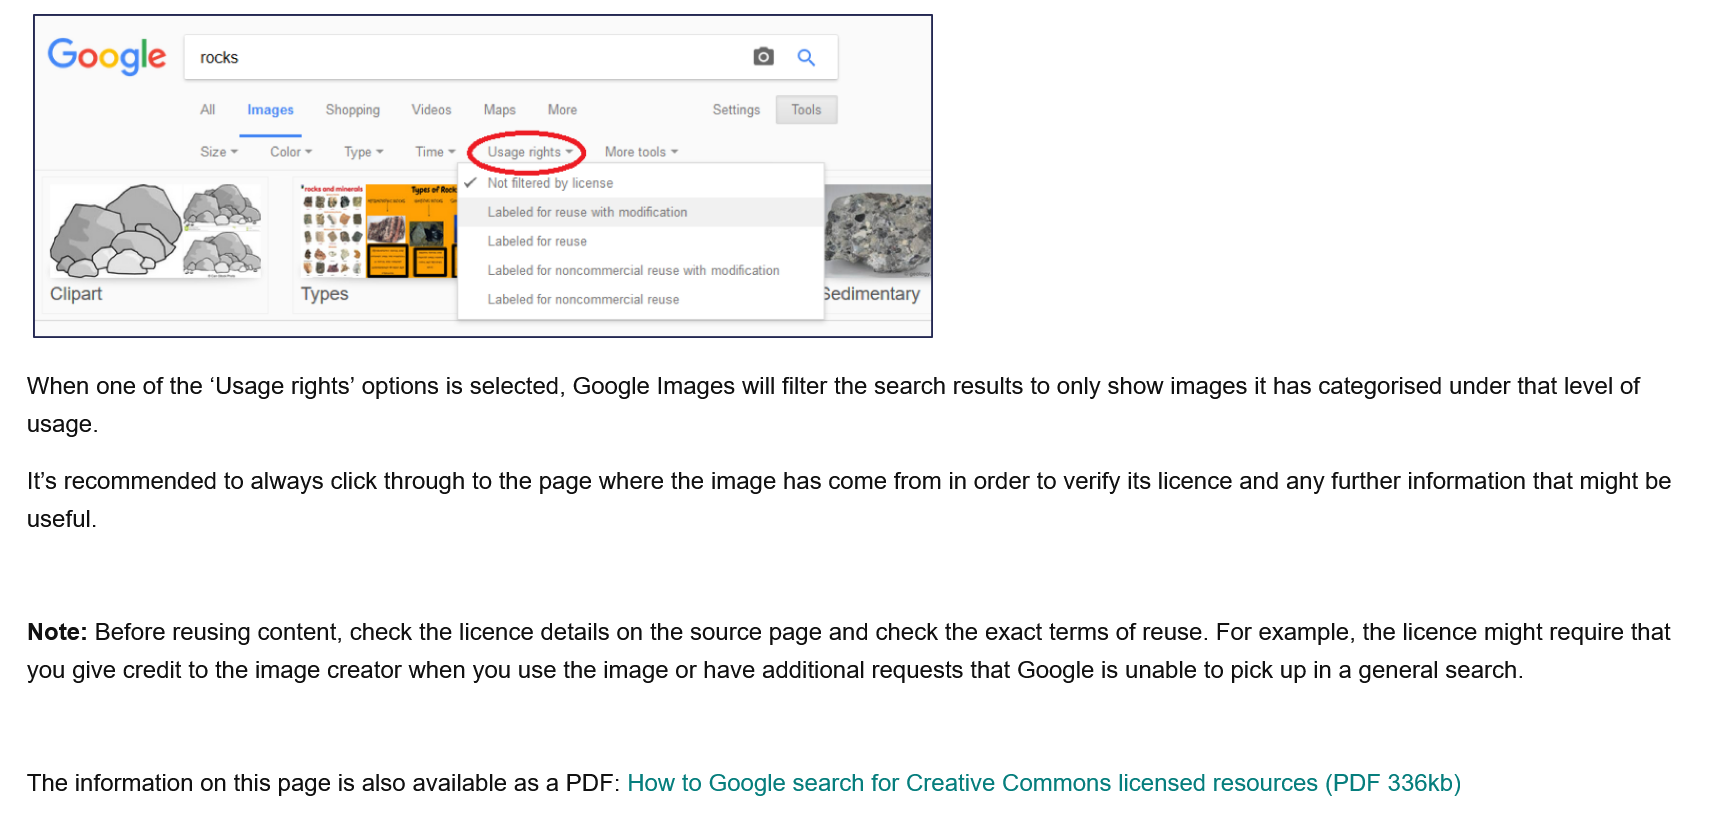
Note: Before reusing content, check the licence details on the source page and check the exact terms of reuse. For example, the licence might require that
   you give credit to the image creator when you use the image or have additional requests that Google is unable to pick up in a general search.
   It's recommended to always click through to the page where the image has come from in order to verify its licence and any further information that might be
   useful.
   When one of the ‘Usage rights’ options is selected, Google Images will filter the search results to only show images it has categorised under that level of
   usage.

    Google    was    5
     All Images Shopping Videos.
  «=
     Maps. More    Settings
     Sizev  Colory Typev —Time~
    ESS
    Clipart
     More tools ~

     Y Not iitered by license
     Labeled for reuse with modification
     Labeled for reuse
     Labeled for noncommercial reuse with modification

     Labeled for noncommercial reuse
     Q
     Tools

     3edimentary

   The information on this page is also available as a PDF: How to Google search for Creative Commons licensed resources (PDF 336kb)